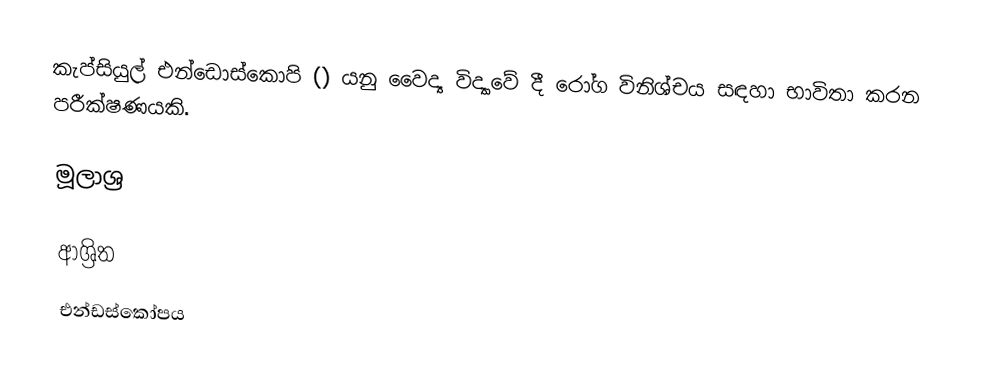
කැප්සියුල් එන්ඩොස්කොපි () යනු වෛද්‍ය විද්‍යාවේ දී රෝග විනිශ්චය සඳහා භාවිතා කරන පරීක්ෂණයකි.

මූලාශ්‍ර

ආශ්‍රිත
 එන්ඩස්කෝපය